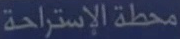
محطة الإستراحة